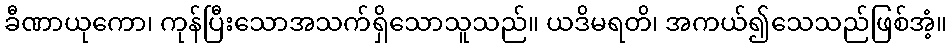
ခီဏာယုကော၊ ကုန်ပြီးသောအသက်ရှိသောသူသည်။ ယဒိမရတိ၊ အကယ်၍သေသည်ဖြစ်အံ့။